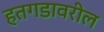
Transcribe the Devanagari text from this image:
हतगडावरील